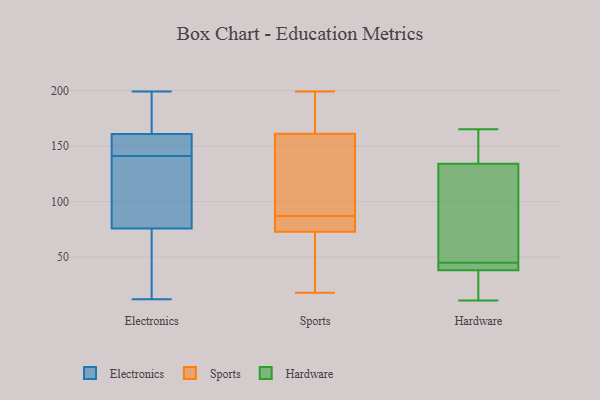
{"axis": {"x": "Market Share (%)", "y": "Value"}, "legend": ["Electronics", "Hardware", "Sports"], "data": [{"x": "", "y": 75, "type": "Electronics"}, {"x": "", "y": 141, "type": "Electronics"}, {"x": "", "y": 100, "type": "Electronics"}, {"x": "", "y": 164, "type": "Electronics"}, {"x": "", "y": 12, "type": "Electronics"}, {"x": "", "y": 183, "type": "Electronics"}, {"x": "", "y": 143, "type": "Electronics"}, {"x": "", "y": 60, "type": "Electronics"}, {"x": "", "y": 199, "type": "Electronics"}, {"x": "", "y": 146, "type": "Electronics"}, {"x": "", "y": 78, "type": "Electronics"}, {"x": "", "y": 121, "type": "Electronics"}, {"x": "", "y": 30, "type": "Electronics"}, {"x": "", "y": 151, "type": "Electronics"}, {"x": "", "y": 167, "type": "Electronics"}, {"x": "", "y": 199, "type": "Sports"}, {"x": "", "y": 30, "type": "Sports"}, {"x": "", "y": 149, "type": "Sports"}, {"x": "", "y": 86, "type": "Sports"}, {"x": "", "y": 60, "type": "Sports"}, {"x": "", "y": 80, "type": "Sports"}, {"x": "", "y": 18, "type": "Sports"}, {"x": "", "y": 28, "type": "Sports"}, {"x": "", "y": 159, "type": "Sports"}, {"x": "", "y": 79, "type": "Sports"}, {"x": "", "y": 185, "type": "Sports"}, {"x": "", "y": 87, "type": "Sports"}, {"x": "", "y": 128, "type": "Sports"}, {"x": "", "y": 167, "type": "Sports"}, {"x": "", "y": 181, "type": "Sports"}, {"x": "", "y": 77, "type": "Sports"}, {"x": "", "y": 114, "type": "Sports"}, {"x": "", "y": 160, "type": "Hardware"}, {"x": "", "y": 42, "type": "Hardware"}, {"x": "", "y": 139, "type": "Hardware"}, {"x": "", "y": 151, "type": "Hardware"}, {"x": "", "y": 57, "type": "Hardware"}, {"x": "", "y": 11, "type": "Hardware"}, {"x": "", "y": 38, "type": "Hardware"}, {"x": "", "y": 119, "type": "Hardware"}, {"x": "", "y": 114, "type": "Hardware"}, {"x": "", "y": 26, "type": "Hardware"}, {"x": "", "y": 165, "type": "Hardware"}, {"x": "", "y": 23, "type": "Hardware"}, {"x": "", "y": 45, "type": "Hardware"}, {"x": "", "y": 40, "type": "Hardware"}, {"x": "", "y": 39, "type": "Hardware"}]}